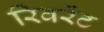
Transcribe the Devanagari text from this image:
रिवरेंट